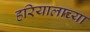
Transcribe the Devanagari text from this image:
हरियालाच्या